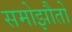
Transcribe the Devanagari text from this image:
समोझौतों